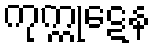
ကုက္ကုဋေန